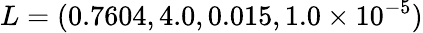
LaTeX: L=(0.7604,4.0,0.015,1.0\times 10^{-5})